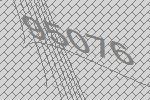
95076